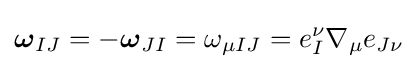
{\boldsymbol {\omega }}_{IJ}=-{\boldsymbol {\omega }}_{JI}=\omega _{\mu IJ}=e_{I}^{\nu }\nabla _{\mu }e_{J\nu }